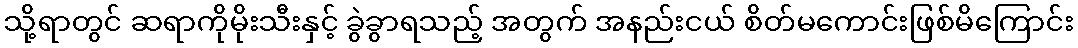
သို့ရာတွင် ဆရာကိုမိုးသီးနှင့် ခွဲခွာရသည့် အတွက် အနည်းငယ် စိတ်မကောင်းဖြစ်မိကြောင်း